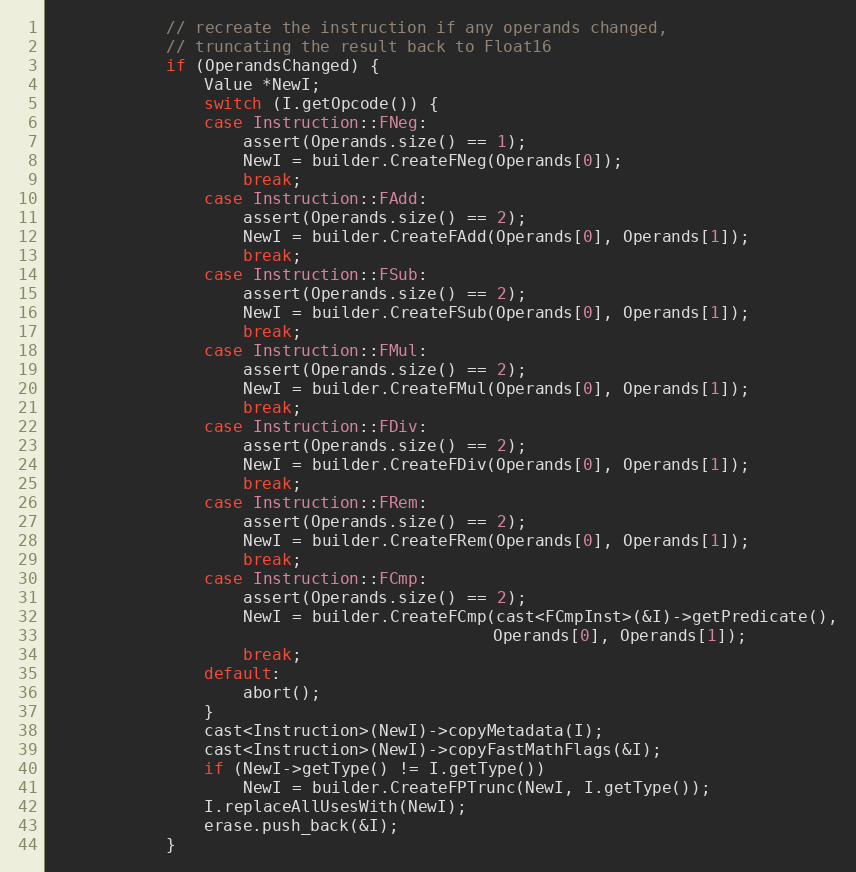
Language: C++
            // recreate the instruction if any operands changed,
            // truncating the result back to Float16
            if (OperandsChanged) {
                Value *NewI;
                switch (I.getOpcode()) {
                case Instruction::FNeg:
                    assert(Operands.size() == 1);
                    NewI = builder.CreateFNeg(Operands[0]);
                    break;
                case Instruction::FAdd:
                    assert(Operands.size() == 2);
                    NewI = builder.CreateFAdd(Operands[0], Operands[1]);
                    break;
                case Instruction::FSub:
                    assert(Operands.size() == 2);
                    NewI = builder.CreateFSub(Operands[0], Operands[1]);
                    break;
                case Instruction::FMul:
                    assert(Operands.size() == 2);
                    NewI = builder.CreateFMul(Operands[0], Operands[1]);
                    break;
                case Instruction::FDiv:
                    assert(Operands.size() == 2);
                    NewI = builder.CreateFDiv(Operands[0], Operands[1]);
                    break;
                case Instruction::FRem:
                    assert(Operands.size() == 2);
                    NewI = builder.CreateFRem(Operands[0], Operands[1]);
                    break;
                case Instruction::FCmp:
                    assert(Operands.size() == 2);
                    NewI = builder.CreateFCmp(cast<FCmpInst>(&I)->getPredicate(),
                                              Operands[0], Operands[1]);
                    break;
                default:
                    abort();
                }
                cast<Instruction>(NewI)->copyMetadata(I);
                cast<Instruction>(NewI)->copyFastMathFlags(&I);
                if (NewI->getType() != I.getType())
                    NewI = builder.CreateFPTrunc(NewI, I.getType());
                I.replaceAllUsesWith(NewI);
                erase.push_back(&I);
            }